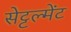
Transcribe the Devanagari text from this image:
सेट्टल्मेंट